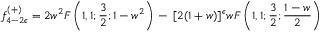
f _ { 4 - 2 \epsilon } ^ { ( + ) } = 2 w ^ { 2 } F \left( 1 , 1 ; \frac { 3 } { 2 } ; 1 - w ^ { 2 } \right) \, - \, [ 2 ( 1 + w ) ] ^ { \epsilon } w F \left( 1 , 1 ; \frac { 3 } { 2 } ; \frac { 1 - w } { 2 } \right)